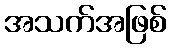
အသက်အဖြစ်